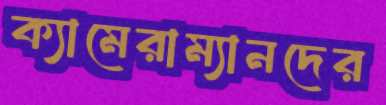
ক্যামেরাম্যানদের